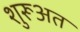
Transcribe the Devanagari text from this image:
शुरूअत